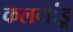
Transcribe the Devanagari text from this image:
कलगांडू